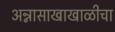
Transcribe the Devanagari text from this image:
अन्नासाखाखाळीचा